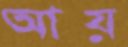
আয়